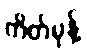
ကိတ်မုန့်